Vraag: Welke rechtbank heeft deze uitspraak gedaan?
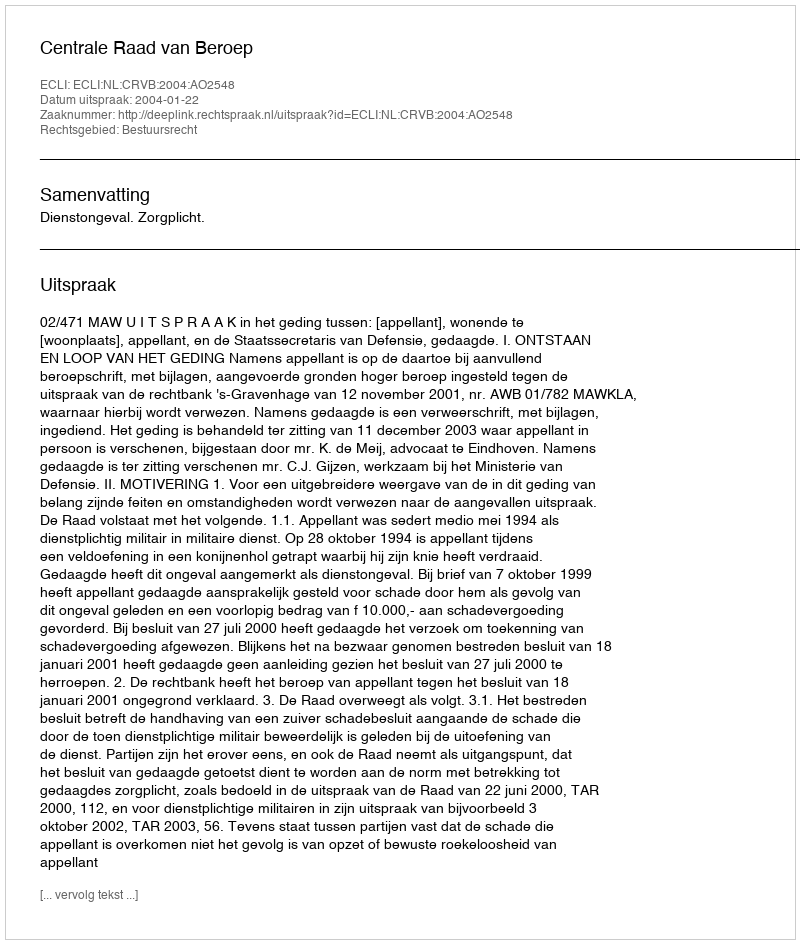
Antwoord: Centrale Raad van Beroep